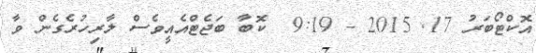
އޮކްޓޯބަރު 17